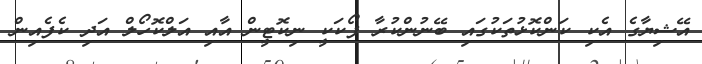
އޭޝިޔާގެ އެކި ކަންކޮޅުތަކުގައި ބޭނުންކުރާ ފޯކަކީ ނިކޮޓީން އާއި އަލްކޮހޯލް އަދި ކެފެއިން